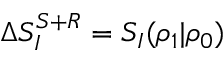
\Delta S _ { I } ^ { S + R } = S _ { I } ( \rho _ { 1 } | \rho _ { 0 } )